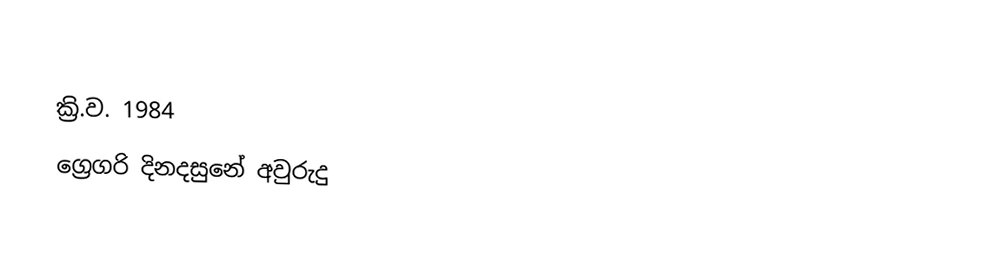

ක්‍රි.ව. 1984
ග්‍රෙගරි දිනදසුනේ අවුරුදු